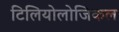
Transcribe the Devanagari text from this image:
टिलियोलोजिकल